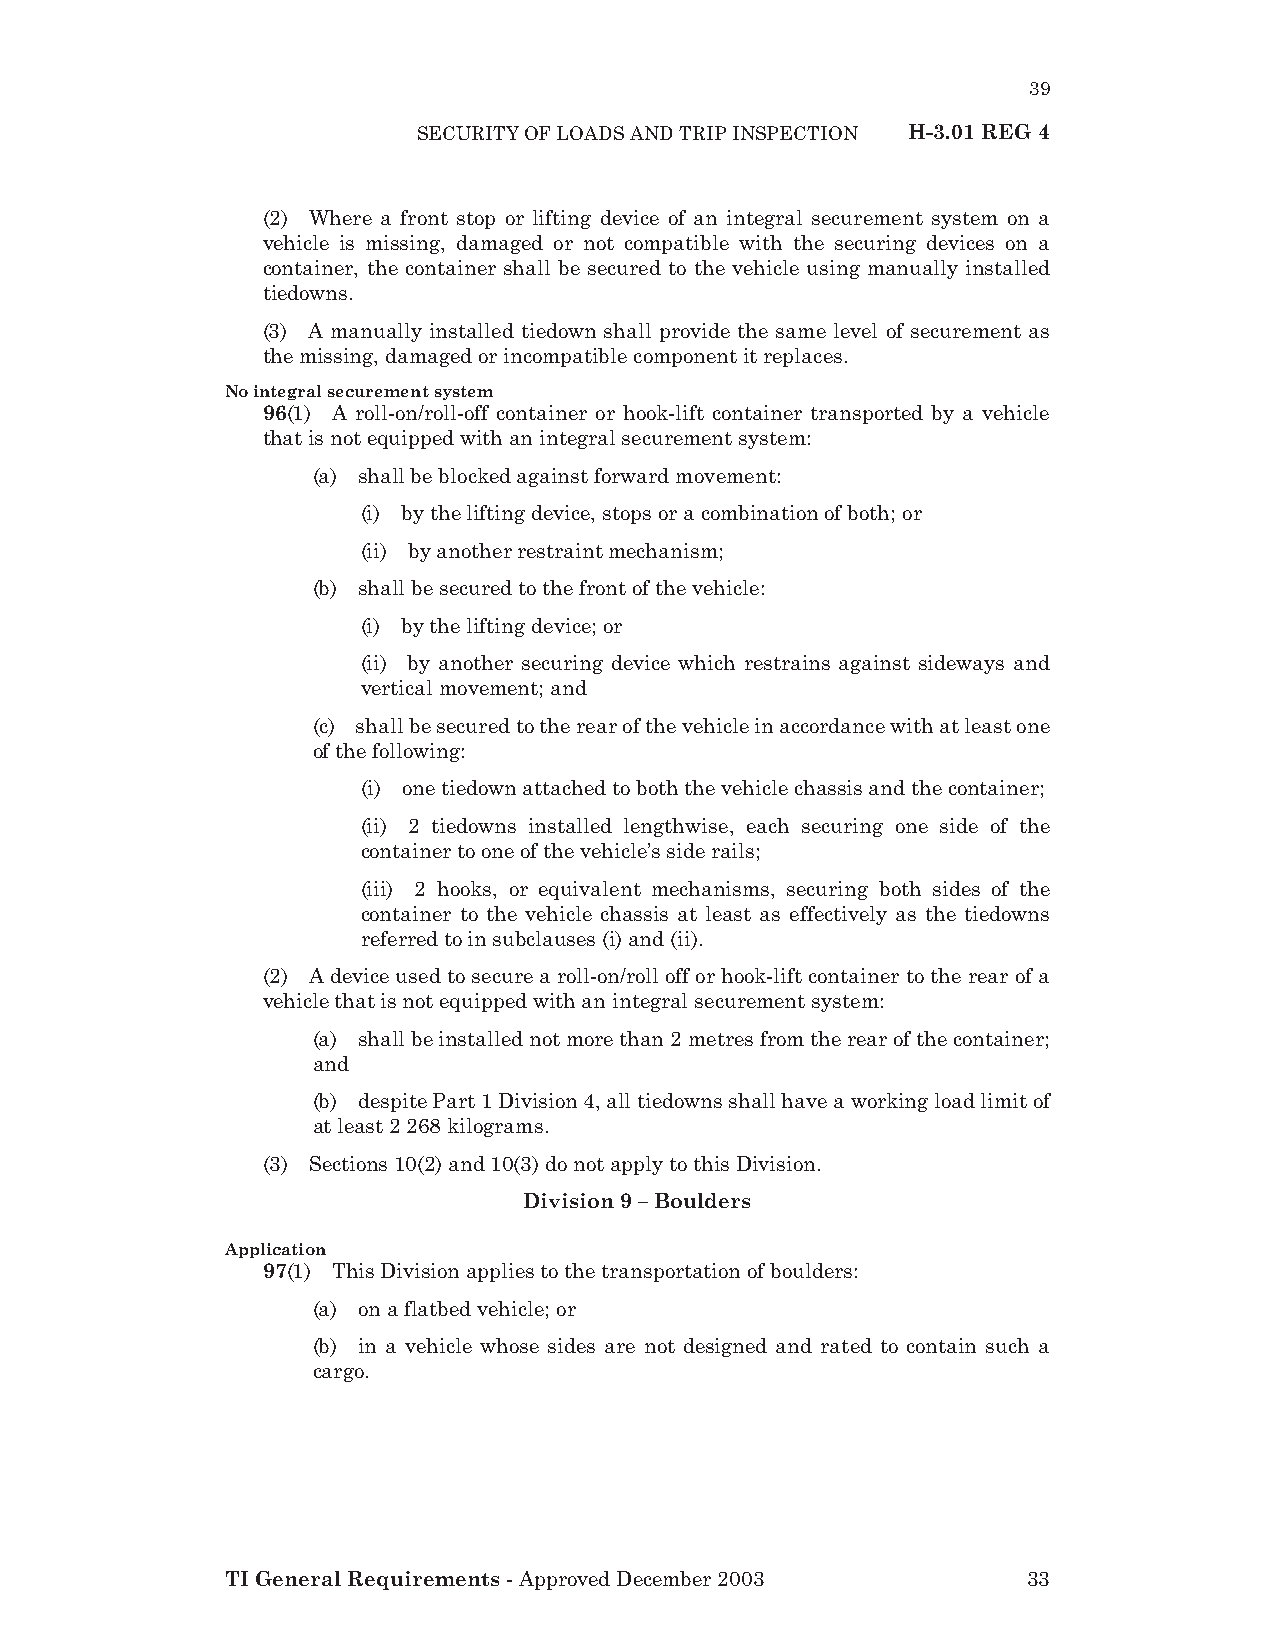
39
 SECURITY OF LOADS AND TRIP INSPECTION H-3.01 REG 4
 (2) Where a front stop or lifting device of an integral securement system on a
 vehicle is missing, damaged or not compatible with the securing devices on a
 container, the container shall be secured to the vehicle using manually installed
 tiedowns.
 (3) A manually installed tiedown shall provide the same level of securement as
 the missing, damaged or incompatible component it replaces.
 No integral securement system
 96(1) A roll-on/roll-off container or hook-lift container transported by a vehicle
 that is not equipped with an integral securement system:
 (a) shall be blocked against forward movement:
 (i) by the lifting device, stops or a combination of both; or
 (ii) by another restraint mechanism;
 (b) shall be secured to the front of the vehicle:
 (i) by the lifting device; or
 (ii) by another securing device which restrains against sideways and
 vertical movement; and
 (c) shall be secured to the rear of the vehicle in accordance with at least one
 of the following:
 (i) one tiedown attached to both the vehicle chassis and the container;
 (ii) 2 tiedowns installed lengthwise, each securing one side of the
 container to one of the vehicle’s side rails;
 (iii) 2 hooks, or equivalent mechanisms, securing both sides of the
 container to the vehicle chassis at least as effectively as the tiedowns
 referred to in subclauses (i) and (ii).
 (2) A device used to secure a roll-on/roll off or hook-lift container to the rear of a
 vehicle that is not equipped with an integral securement system:
 (a) shall be installed not more than 2 metres from the rear of the container;
 and
 (b) despite Part 1 Division 4, all tiedowns shall have a working load limit of
 at least 2 268 kilograms.
 (3) Sections 10(2) and 10(3) do not apply to this Division.
 Division 9 – Boulders
 Application
 97(1) This Division applies to the transportation of boulders:
 (a) on a flatbed vehicle; or
 (b) in a vehicle whose sides are not designed and rated to contain such a
 cargo.
 TI General Requirements - Approved December 2003     33